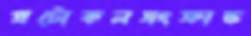
প্রটোকলসংক্রান্ত